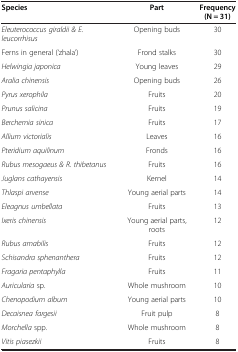
<table><thead><tr><td><b>Species</b></td><td><b>Part</b></td><td><b>Frequency (N = 31)</b></td></tr></thead><tbody><tr><td><i>Eleuterococcus giraldii &amp; E. leucorrhisus</i></td><td>Opening buds</td><td>30</td></tr><tr><td>Ferns in general (‘zhala’)</td><td>Frond stalks</td><td>30</td></tr><tr><td><i>Helwingia japonica</i></td><td>Young leaves</td><td>29</td></tr><tr><td><i>Aralia chinensis</i></td><td>Opening buds</td><td>26</td></tr><tr><td><i>Pyrus xerophila</i></td><td>Fruits</td><td>20</td></tr><tr><td><i>Prunus salicina</i></td><td>Fruits</td><td>19</td></tr><tr><td><i>Berchemia sinica</i></td><td>Fruits</td><td>17</td></tr><tr><td><i>Allium victorialis</i></td><td>Leaves</td><td>16</td></tr><tr><td><i>Pteridium aquilinum</i></td><td>Fronds</td><td>16</td></tr><tr><td><i>Rubus mesogaeus &amp; R. thibetanus</i></td><td>Fruits</td><td>16</td></tr><tr><td><i>Juglans cathayensis</i></td><td>Kernel</td><td>14</td></tr><tr><td><i>Thlaspi arvense</i></td><td>Young aerial parts</td><td>14</td></tr><tr><td><i>Eleagnus umbellata</i></td><td>Fruits</td><td>13</td></tr><tr><td><i>Ixeris chinensis</i></td><td>Young aerial parts, roots</td><td>12</td></tr><tr><td><i>Rubus amabilis</i></td><td>Fruits</td><td>12</td></tr><tr><td><i>Schisandra sphenanthera</i></td><td>Fruits</td><td>12</td></tr><tr><td><i>Fragaria pentaphylla</i></td><td>Fruits</td><td>11</td></tr><tr><td><i>Auricularia</i> sp.</td><td>Whole mushroom</td><td>10</td></tr><tr><td><i>Chenopodium album</i></td><td>Young aerial parts</td><td>10</td></tr><tr><td><i>Decaisnea fargesii</i></td><td>Fruit pulp</td><td>8</td></tr><tr><td><i>Morchella</i> spp.</td><td>Whole mushroom</td><td>8</td></tr><tr><td><i>Vitis piasezkii</i></td><td>Fruits</td><td>8</td></tr></tbody></table>